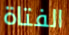
الفتاة